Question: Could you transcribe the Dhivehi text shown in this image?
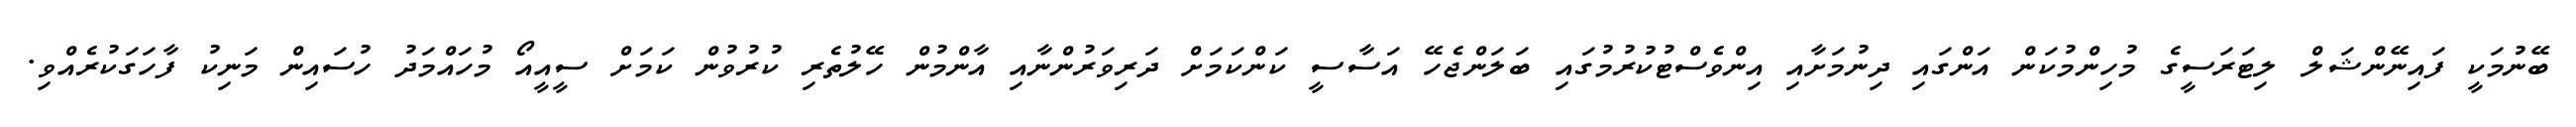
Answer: ބޭނުމަކީ ފައިނޭންޝަލް ލިޓަރަސީގެ މުހިންމުކަން އަންގައި ދިނުމަށާއި އިންވެސްޓުކުރުމުގައި ބަލަންޖެހޭ އަސާސީ ކަންކަމަށް ދަރިވަރުންނާއި އާންމުން ހޭލުތެރި ކުރުވުން ކަމަށް ސީއީއޯ މުހައްމަދު ހުސައިން މަނިކު ފާހަގަކުރެއްވި.